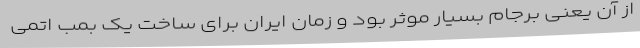
از آن یعنی برجام بسیار موثر بود و زمان ایران برای ساخت یک بمب اتمی